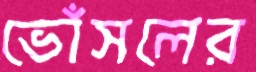
ভোঁসলের